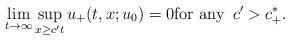
LaTeX: \begin{align*}\lim_{t\to\infty} \sup_{x\geq c't} u_+(t,x;u_0)=0\hbox{for any } \,c'> c_+^*.\end{align*}